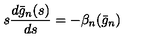
s \frac { d \bar { g } _ { n } ( s ) } { d s } = - \beta _ { n } ( \bar { g } _ { n } )